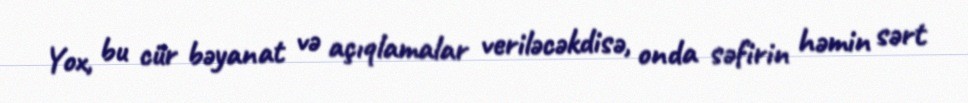
Yox, bu cür bəyanat və açıqlamalar veriləcəkdisə, onda səfirin həmin sərt